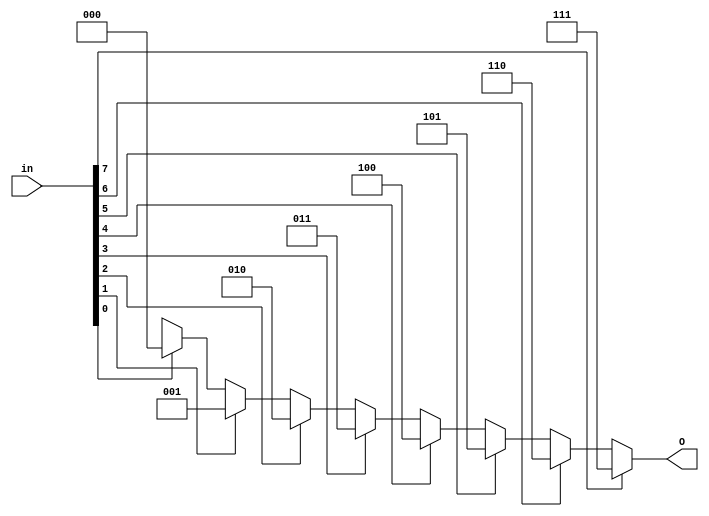
////////////////////////////////////////////////////////////////////////
// Mixed Signal Design Hackathon
//
// (Organised by FOSSEE IIT Bombay, VSD Corp. Pvt. Ltd.)
//
// Design Name:        8:3 Mux based Encoder
// Designer:           Swagatika Meher
// Module Name:        Swagatika_8to3_mux_based_priorityencoder
//
///////////////////////////////////////////////////////////////////////

// Enter the code here

module Swagatika_8to3_mux_based_priorityencoder(in,O);
  
  input [7:0]in;
  output [2:0]O;
  
assign O = (in[7] ==1'b1 ) ? 3'b111:
               (in[6] ==1'b1 ) ? 3'b110:
               (in[5] ==1'b1 ) ? 3'b101:
               (in[4] ==1'b1) ? 3'b100:
               (in[3] ==1'b1) ? 3'b011:
               (in[2] ==1'b1) ? 3'b010:
               (in[1] ==1'b1) ? 3'b001:
               (in[0] ==1'b1) ? 3'b000: 3'bxxx;

endmodule